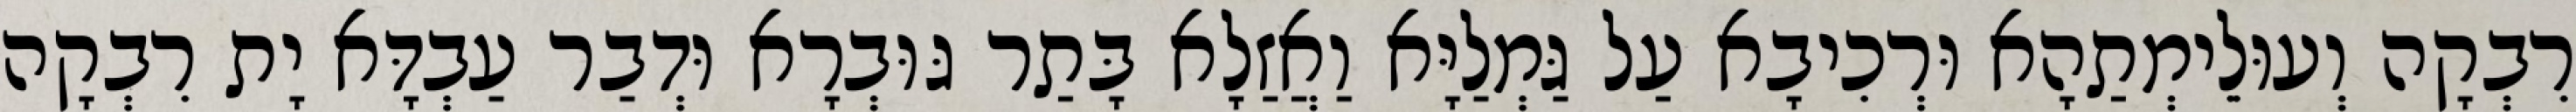
רִבְקָה וְעוּלֵימְתַהָא וּרְכִיבָא עַל גַּמְלַיָּא וַאֲזַלָא בָּתַר גּוּבְרָא וּדְבַר עַבְדָּא יָת רִבְקָה